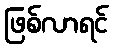
ဖြစ်လာရင်